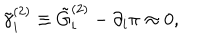
\tilde { \gamma } _ { i } ^ { ( 2 ) } \equiv \tilde { G } _ { i } ^ { ( 2 ) } - \partial _ { i } \pi \approx 0 ,